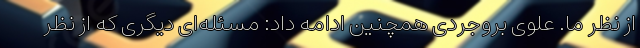
از نظر ما. علوی بروجردی همچنین ادامه داد: مسئله‌ای دیگری که از نظر